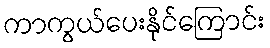
ကာကွယ်ပေးနိုင်ကြောင်း